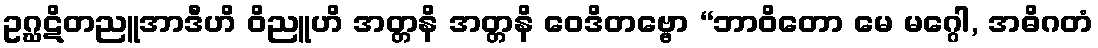
ဥဂ္ဃဋိတညူအာဒီဟိ ဝိညူဟိ အတ္တနိ အတ္တနိ ဝေဒိတဗ္ဗော “ဘာဝိတော မေ မဂ္ဂေါ, အဓိဂတံ